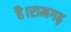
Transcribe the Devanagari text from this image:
है।रामगढ़